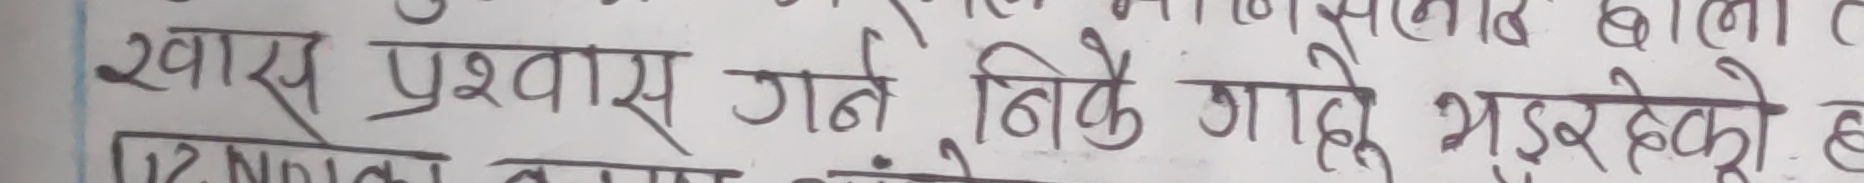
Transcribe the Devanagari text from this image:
खास प्रशवास गर्ने ठिकै जाँदै भइरहेको छ ।